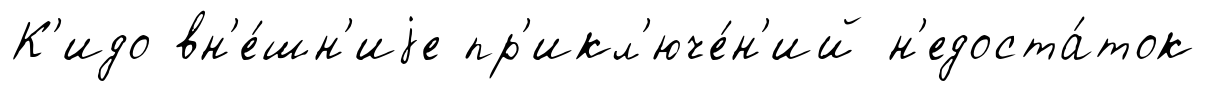
К'идо вн'е́шн'иjе пр'икл'юче́н'ий н'едоста́ток